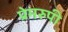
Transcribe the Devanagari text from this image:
प्रेमरुपी